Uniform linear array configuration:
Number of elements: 8
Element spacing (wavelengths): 0.75
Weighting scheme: uniform
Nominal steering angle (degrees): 15
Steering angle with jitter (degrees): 14.893
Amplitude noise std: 0.05
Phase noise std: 0.05

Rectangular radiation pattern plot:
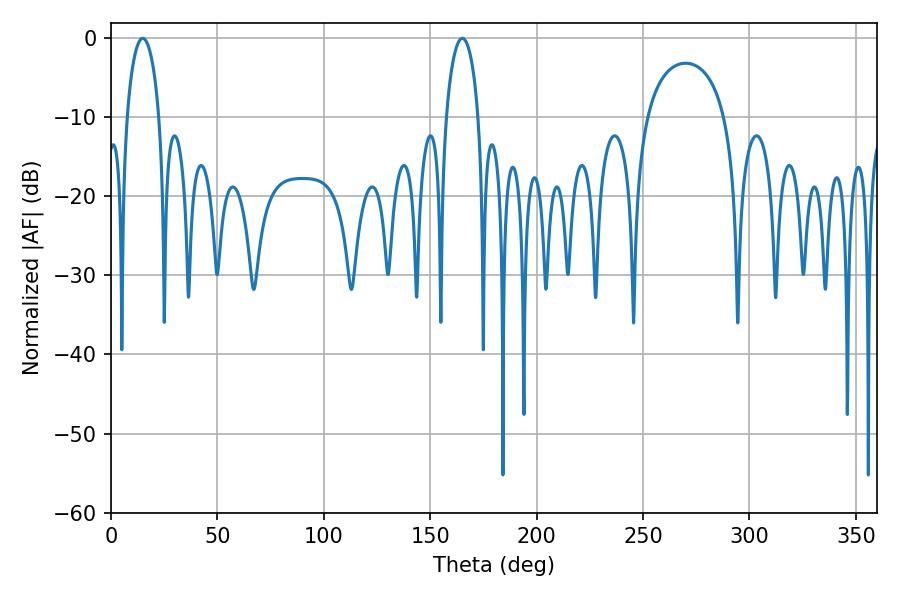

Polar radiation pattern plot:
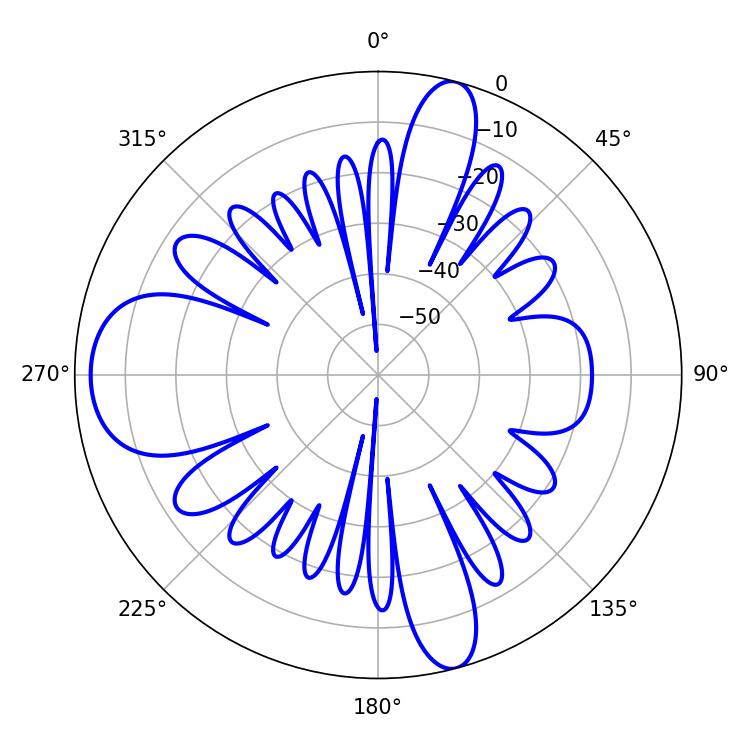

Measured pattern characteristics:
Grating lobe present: TRUE
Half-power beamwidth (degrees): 8.64
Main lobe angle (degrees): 14.94